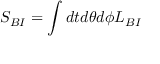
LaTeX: S _ { B I } = \int d t d \theta d \phi { \cal L } _ { B I }